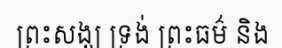
ព្រះសង្ឃ ទ្រង់ ព្រះធម៌ និង